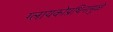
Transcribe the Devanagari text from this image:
ग्लायकोप्रथिनामुळे